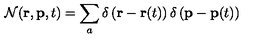
{ \cal N } ( { \bf r } , { \bf p } , t ) = \sum _ { a } \delta \left( { \bf r } - { \bf r } ( t ) \right) \delta \left( { \bf p } - { \bf p } ( t ) \right)